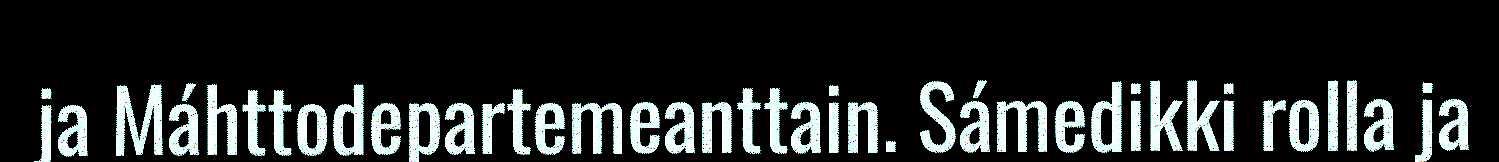
ja Máhttodepartemeanttain. Sámedikki rolla ja